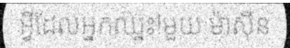
អ្វីដែលអ្នកឈ្នះ!មួយ ម៉ាស៊ីន